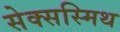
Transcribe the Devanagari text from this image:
सेक्सस्मिथ